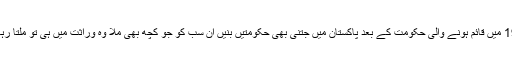
1947 میں قائم ہونے والی حکومت کے بعد پاکستان میں جتنی بھی حکومتیں بنیں ان سب کو جو کچھ بھی ملا وہ وراثت میں ہی تو ملتا رہا ہے۔